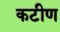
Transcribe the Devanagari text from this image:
कटीण